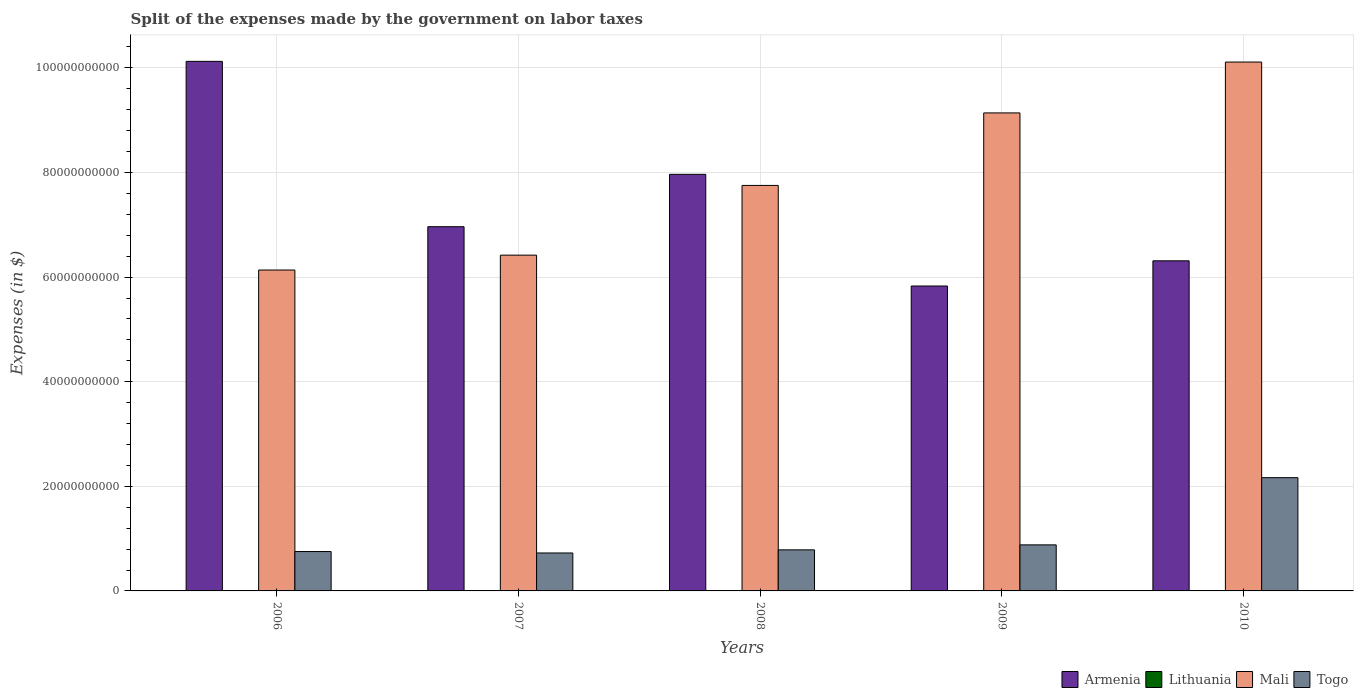
| Years | Armenia | Lithuania | Mali | Togo |
 | --- | --- | --- | --- | --- |
 | 2006 | 1.01e+11 | 3.21e+07 | 6.14e+10 | 7.53e+09 |
 | 2007 | 6.96e+10 | 3.97e+07 | 6.42e+10 | 7.26e+09 |
 | 2008 | 7.97e+10 | 3.82e+07 | 7.75e+10 | 7.85e+09 |
 | 2009 | 5.83e+10 | 1.9e+07 | 9.14e+10 | 8.8e+09 |
 | 2010 | 6.31e+10 | 1.65e+07 | 1.01e+11 | 2.17e+10 |